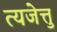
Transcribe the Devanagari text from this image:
त्यजेत्तु